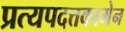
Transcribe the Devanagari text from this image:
प्रत्यपदत्तकामेन